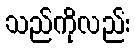
သည်ကိုလည်း